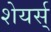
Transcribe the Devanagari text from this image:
शेयर्स्